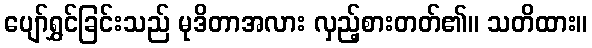
ပျော်ရွှင်ခြင်းသည် မုဒိတာအလား လှည့်စားတတ်၏။ သတိထား။